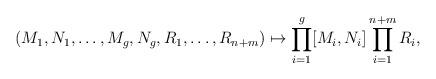
LaTeX: \begin{align*}(M_{1},N_{1},\dots,M_{g},N_{g},R_{1},\dots,R_{n+m})\mapsto \prod_{i=1}^{g}[M_{i},N_{i}]\prod_{i=1}^{n+m} R_{i},\end{align*}